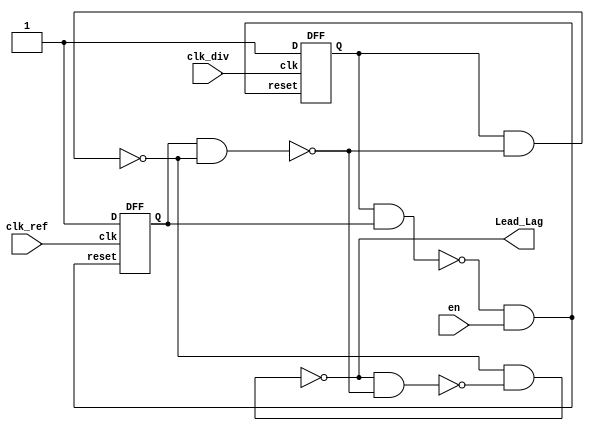
`timescale 1ns / 10ps
module PD
(
	input en,
	input clk_ref,
	input clk_div,
	output Lead_Lag
);
	wire reset,Rst,up,down,S,R,d;
	DFF U0(.D(1'b1),.reset(reset),.clk(clk_div),.Q(up));
	DFF U1(.D(1'b1),.reset(reset),.clk(clk_ref),.Q(down));
	nand u5(Rst,up,down);
	and u7(reset,Rst,en);
	nand n1(S,up,R);
	nand n2(R,down,S);
	nand n3(Lead_Lag,S,d);
	nand n4(d,Lead_Lag,R);	
endmodule

module DFF
(
	input D,
	input reset,
	input clk,
	output reg Q
);
	always@(posedge clk or negedge reset)begin
		if(~reset)begin
			Q<=1'b0;
		end
		else begin
			Q<=D;
		end
	end
endmodule